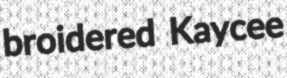
broidered Kaycee